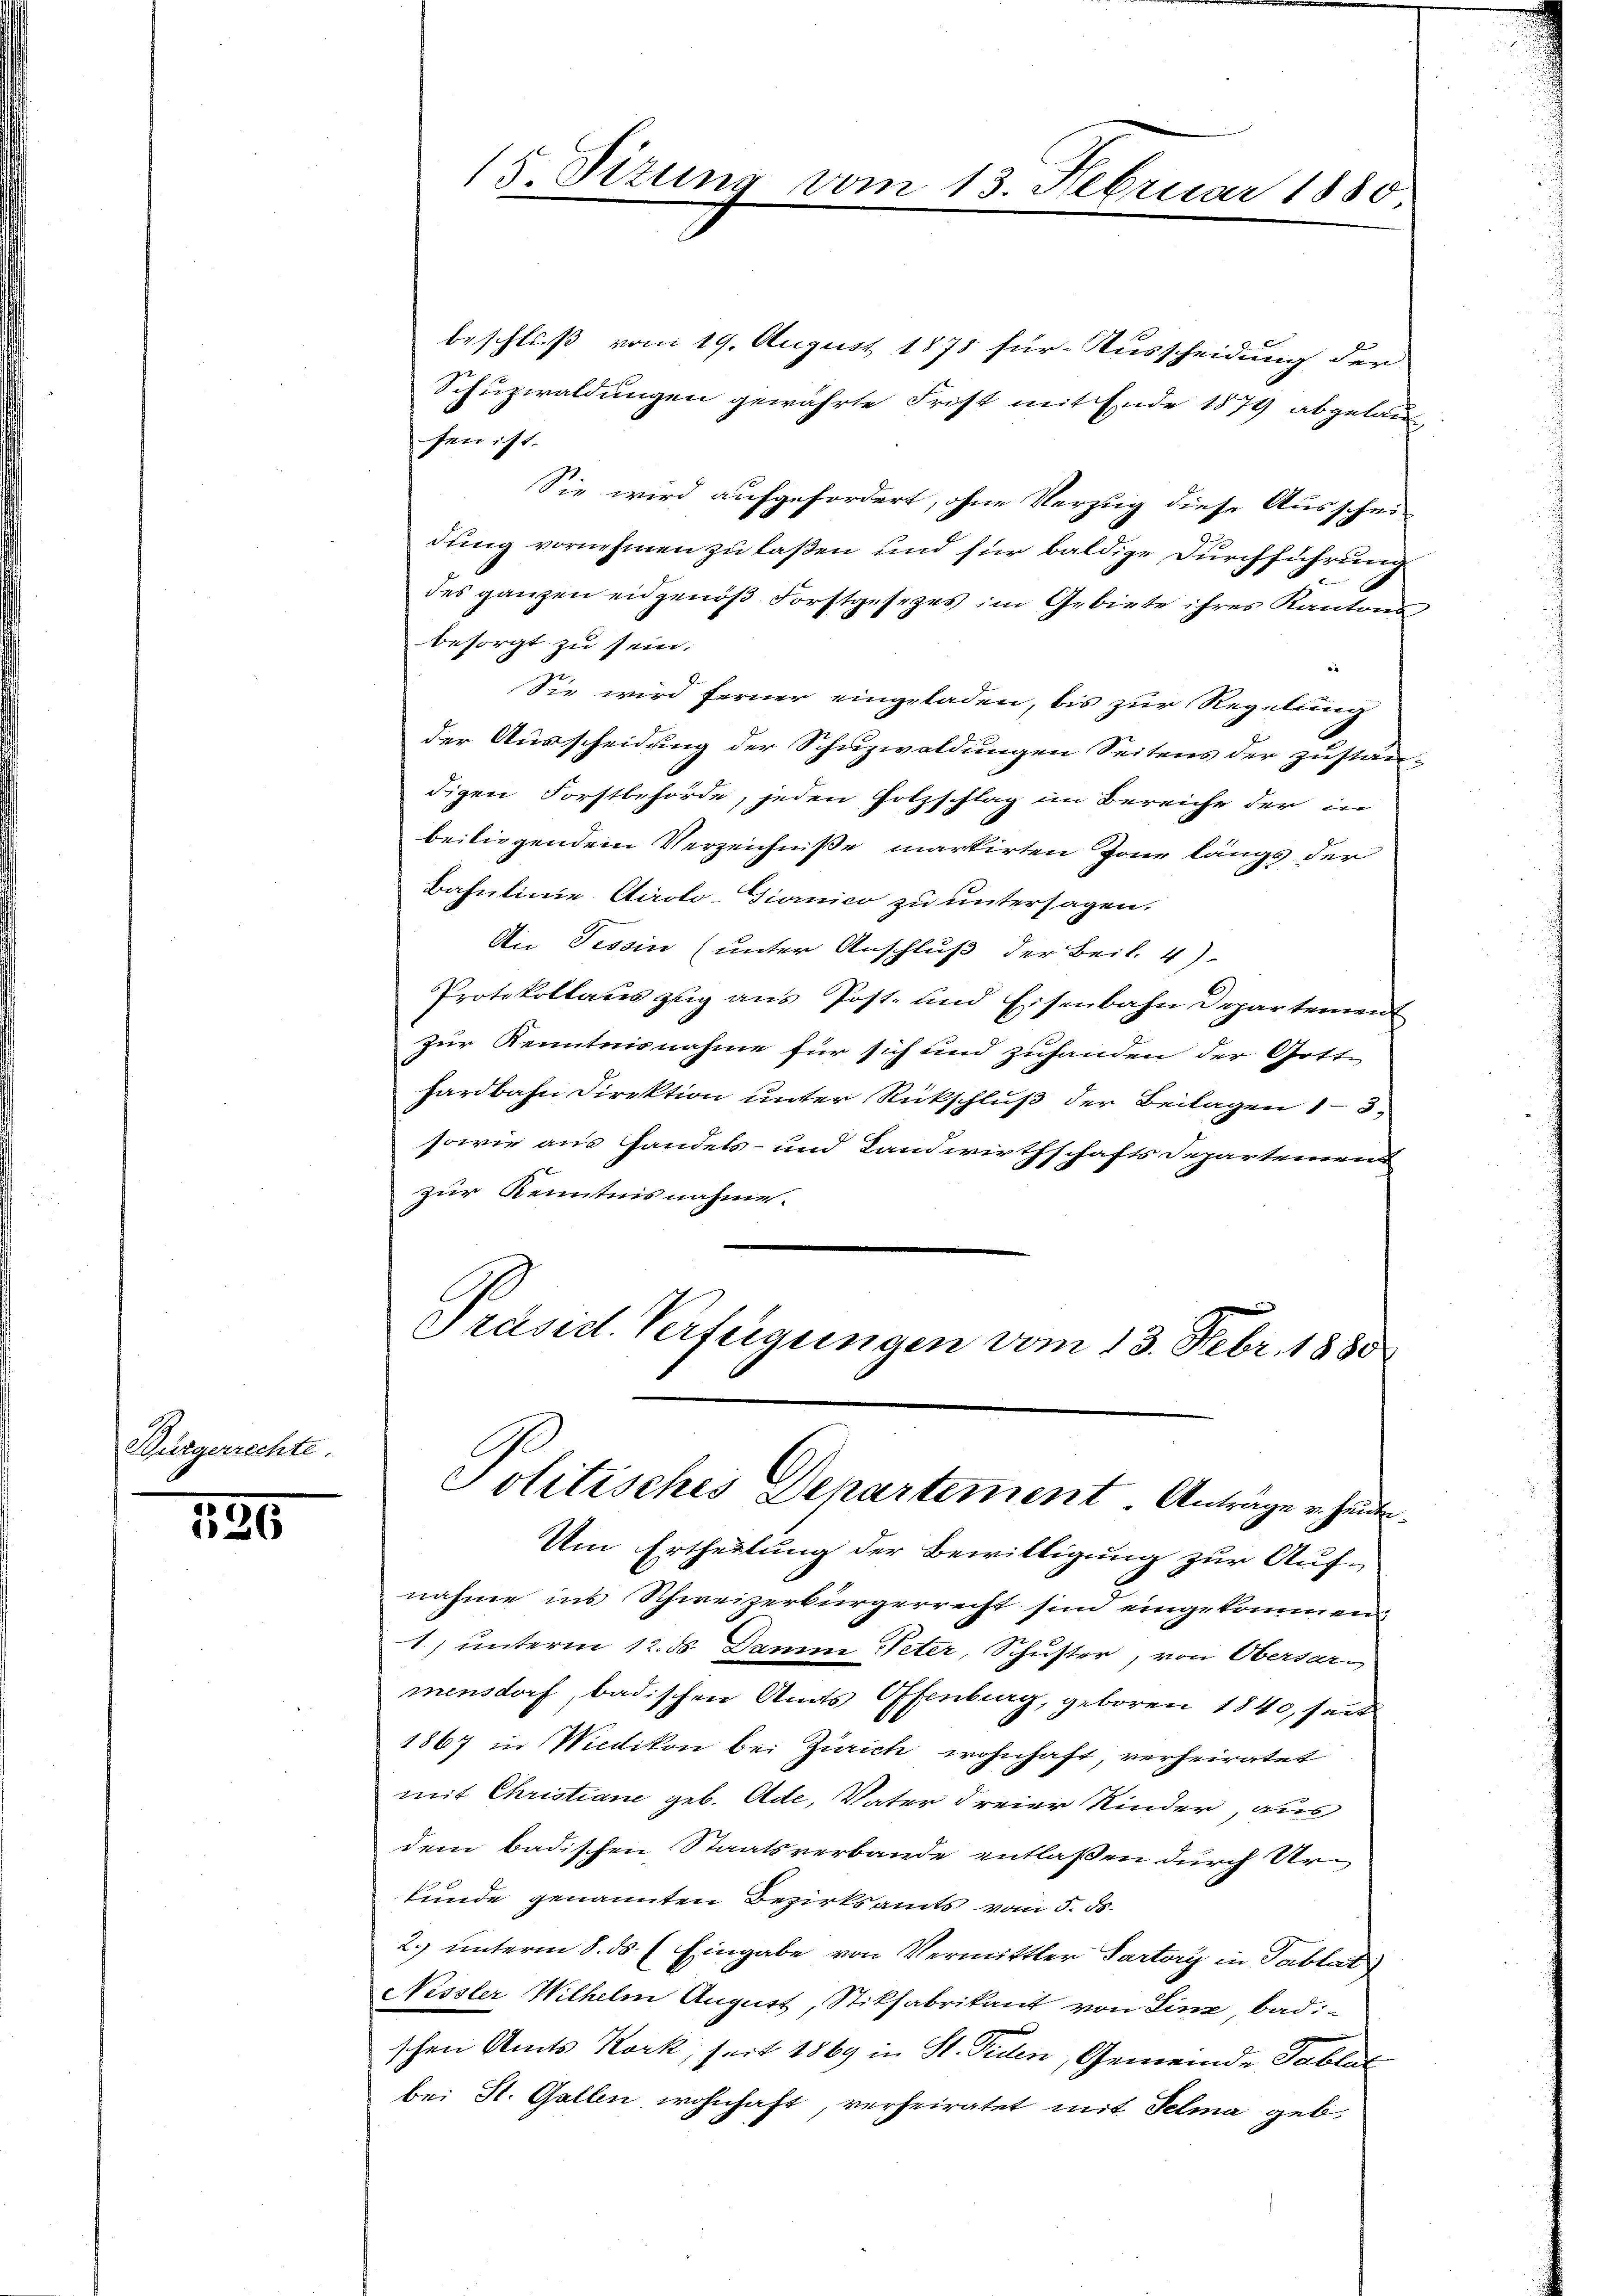
Würgerrechte.

136

15. Sizung vom 13. Februar 1880

beschluß vom 19. August 1878 für Ausscheidung der
Schuzwaldungen gewährte Frist mit Ende 1874 abgelansen ist.
Sie wird aufgefordert, ohne Verzug diese Ausschei-
dung vornehmen zu laßen und für baldige Durchführung
des ganzen eidgenöß Forstgesezes im Gebiete ihres Kantons
besorgt zu sein.
Sie wird ferner eingeladen, bis zur Regelung
der Ausscheidung der Schuzwaldungen Seitens der zustan-
digen Forstbehörde, jeden Holzschlag im Bereiche der in
beiliegendem Verzeichniße markirten Zone längs der
Bahnlinie Airolo-Giornico zu untersagen.
An Tessin (unter Anschluß der Beil. 4)
Protokollauszug aus Post- und Eisenbahn Departement
zur Kenntnisnahme für sich und zuhanden der Gotte
hardbahn Direktion unter Rückschluß der Beilagen 13.
sowie aus Handels- und Landwirthschafts Departemend
zur Kenntnisnahme.
Präsid. Verfügungen vom 13. Febr. 1880

Politisches Departement Anträge u. heute.

Um Ertheilung der Bewilligung zur Aufnahme ins Schweizerbürgerrecht sind eingekommen
1.) unterm 12. ds. Damine Peter, Schuster, von Obersarmensdorf, badischen Amts Offenburg, geboren 1840, seit
1867 in Wiedikon bei Zürich wohnhaft, verheiratet
mit Christiane geb. Ade, Vater dreier Kinder, aus
dem badischen Staatsverbande entlassen durch Urkunde genannten Bezirksamts vom 5. d.
2.) unterm 8. ds. (Eingabe von Vermittler Partory in Tablat
Nissler Wilhelm August, Stikfabrikant von Linz badischen Amts Konk, seit 1869 in St. Piden, Gemeinde Tablat
bei St. Gallen wohnhaft, verheiratet mit Telma geb.